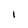
Character: i